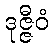
ဒုဇ္ဇီဝံ